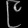
Digit: ၉